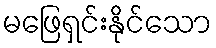
မဖြေရှင်းနိုင်သော